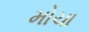
મોચા